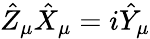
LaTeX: \hat{Z}_{\mu}\hat{X}_{\mu}=i\hat{Y}_{\mu}